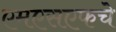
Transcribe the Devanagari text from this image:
एमएसएफचे